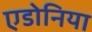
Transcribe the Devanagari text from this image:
एडोनिया